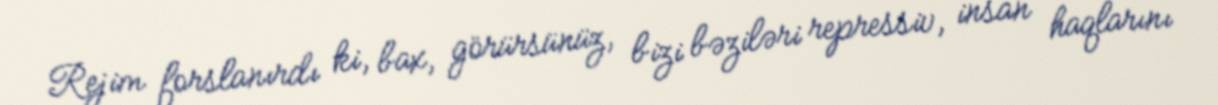
Rejim forslanırdı ki, bax, görürsünüz, bizi bəziləri repressiv, insan haqlarını